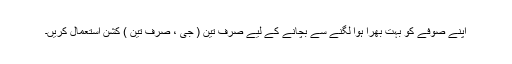
اپنے صوفے کو بہت بھرا ہوا لگنے سے بچانے کے لیے صرف تِین ( جی ، صرف تِین ) کشن استعمال کریں۔